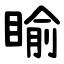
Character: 睮